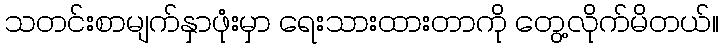
သတင်းစာမျက်နှာဖုံးမှာ ရေးသားထားတာကို တွေ့လိုက်မိတယ်။